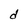
Character: d